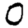
Digit: 0